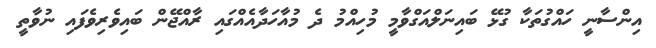
އިންސާނީ ހައްގުތަކާ ގުޅޭ ބައިނަލްއަގްވާމީ މުހިއްމު ދެ މުއާހަދާއެއްގައި ރާއްޖޭން ބައިވެރިވެފައި ނުވާތީ